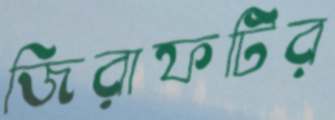
জিরাফটির